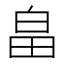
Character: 畠